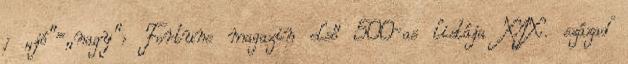
; „jó”=„nagy”: Fortune magazin első 500-as listája XIX. század